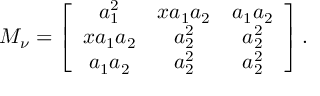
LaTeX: { \cal M } _ { \nu } = \left[ \begin{array} { c c c } { { a _ { 1 } ^ { 2 } } } & { { x a _ { 1 } a _ { 2 } } } & { { a _ { 1 } a _ { 2 } } } \\ { { x a _ { 1 } a _ { 2 } } } & { { a _ { 2 } ^ { 2 } } } & { { a _ { 2 } ^ { 2 } } } \\ { { a _ { 1 } a _ { 2 } } } & { { a _ { 2 } ^ { 2 } } } & { { a _ { 2 } ^ { 2 } } } \end{array} \right] .